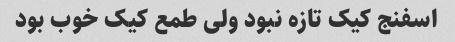
اسفنج کیک تازه نبود ولی طمع کیک خوب بود